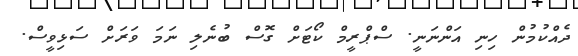
ދެއްކުމުން ހިނި އަންނަނީ. ސްޕްރީމް ކޯޓަށް ގޮސް ބުނެލި ނަމަ ވަރަށް ސަޅިވީސް.